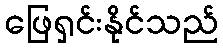
ဖြေရှင်းနိုင်သည်